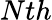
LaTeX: Nth